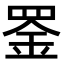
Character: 𫅇